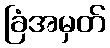
ခြံအမှတ်